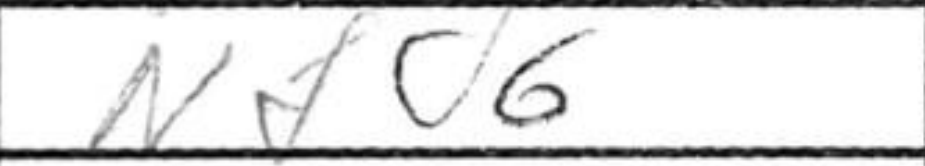
Transcription: Nfc6